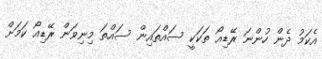
އެކަމު ދެން ހުންނަ ރޭޑިއޯ ތަކަކީ ސައްތައިން ސައްތަ މިނިވަން ރޭޑިއޯ ކަމަށް